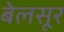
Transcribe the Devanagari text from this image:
बेलसूर